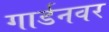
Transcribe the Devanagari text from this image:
गार्डनवर